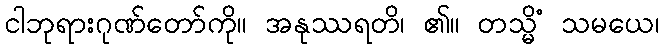
ငါဘုရားဂုဏ်တော်ကို။ အနုဿရတိ၊ ၏။ တသ္မိံ သမယေ၊